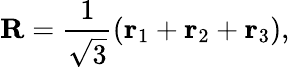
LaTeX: {\mathbf R}=\frac{1}{\sqrt{3}}({\mathbf r}_{1}+{\mathbf r}_{2}+{\mathbf r}_{3}),